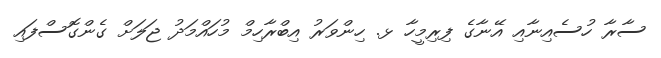
ސާރާ ހުސެއިނާއި އޭނާގެ ފިރިމީހާ ޅ. ހިންވަރު އިބްރާހިމް މުހައްމަދު ޖަލަށް ގެންގޮސްފައި